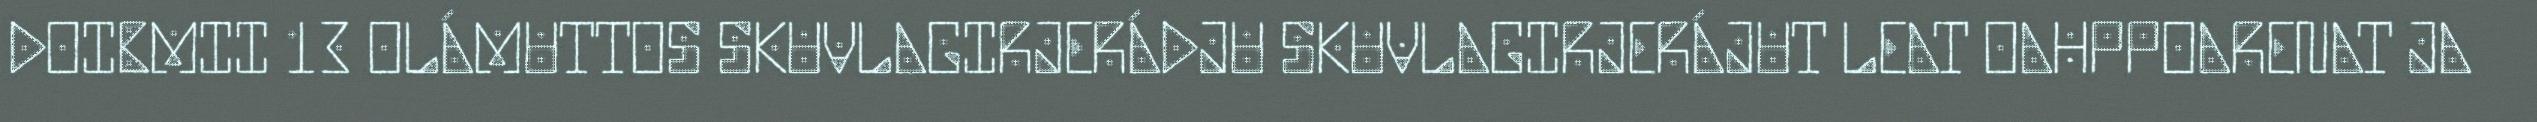
DOIBMII 13 OLÁMUTTOS SKUVLAGIRJERÁDJU SKUVLAGIRJERÁJUT LEAT OAHPPOARENAT JA